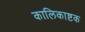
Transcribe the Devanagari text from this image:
कालिकाष्टक